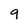
Character: 9